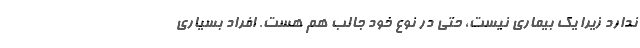
ندارد زیرا یک بیماری نیست، حتی در نوع خود جالب هم هست. افراد بسیاری